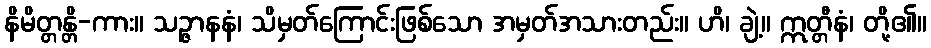
နိမိတ္တန္တိ-ကား။ သဉ္ဇာနနံ၊ သိမှတ်ကြောင်းဖြစ်သော အမှတ်အသားတည်း။ ဟိ၊ ချဲ့။ ဣတ္တီနံ၊ တို့၏။